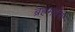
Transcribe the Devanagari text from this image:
ब्रहमदेश